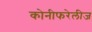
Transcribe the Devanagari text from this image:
कोनीफरेलीज